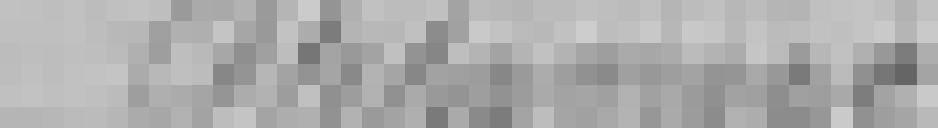
Approuvé